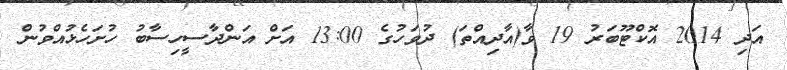
އަދި 2014 އޮކްޓޫބަރު 19 ވާ(އާދިއްތަ) ދުވަހުގެ 13:00 އަށް އަންދާސީހިސާބު ހުށަހެޅުއްވުން